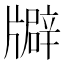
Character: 𤗺